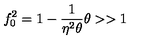
f _ { 0 } ^ { 2 } = 1 - \frac { 1 } { \eta ^ { 2 } \theta } \theta > > 1